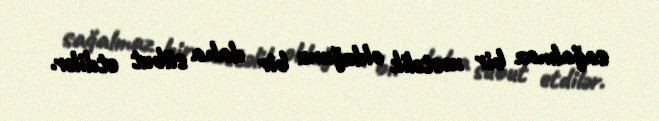
sağalmaz bir xəstəlik olduğunu bir daha sübut etdilər.